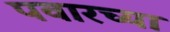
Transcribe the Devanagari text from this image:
पवारच्या